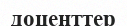
доценттер